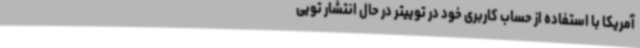
آمریکا با استفاده از حساب کاربری خود در توییتر در حال انتشار تویی